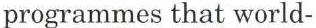
 programmes that world-